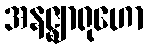
အနဇ္ဈာရုဟော